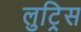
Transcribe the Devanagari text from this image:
लुट्रिस